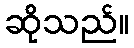
ဆိုသည်။